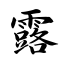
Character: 露